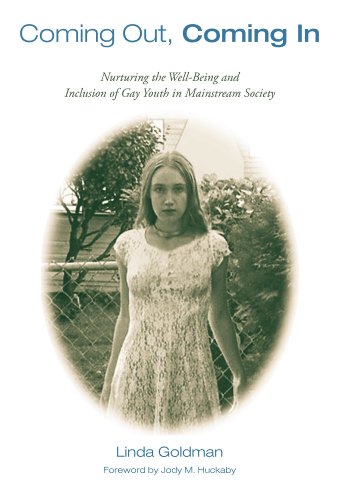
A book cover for Coming Out, Coming In: Nurturing the Well-Being and Inclusion of Gay Youth in Mainstream Society; Linda Goldman; Gay & Lesbian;